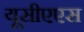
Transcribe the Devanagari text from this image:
यूसीएएस